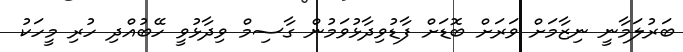
ބަރުލަމާނީ ނިޒާމަށް ވަރަށް ބޮޑަށް ފާޑުވިދާޅުވަމުން ގާސިމް ވިދާޅުވީ ހޭބުއްދި ހުރި މީހަކު